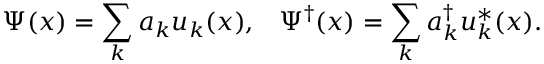
\Psi ( x ) = \sum _ { k } a _ { k } u _ { k } ( x ) , \; \; \; \Psi ^ { \dagger } ( x ) = \sum _ { k } a _ { k } ^ { \dagger } u _ { k } ^ { * } ( x ) .